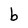
Character: b